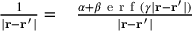
\begin{array} { r l } { \frac { 1 } { | \mathbf { r } - \mathbf { r } ^ { \prime } | } = \, } & { { } \frac { \alpha + \beta \mathrm { ~ e ~ r ~ f ~ } ( \gamma | \mathbf { r } - \mathbf { r } ^ { \prime } | ) } { | \mathbf { r } - \mathbf { r } ^ { \prime } | } } \end{array}